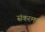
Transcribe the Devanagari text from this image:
संकरमण